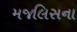
મજલિસના